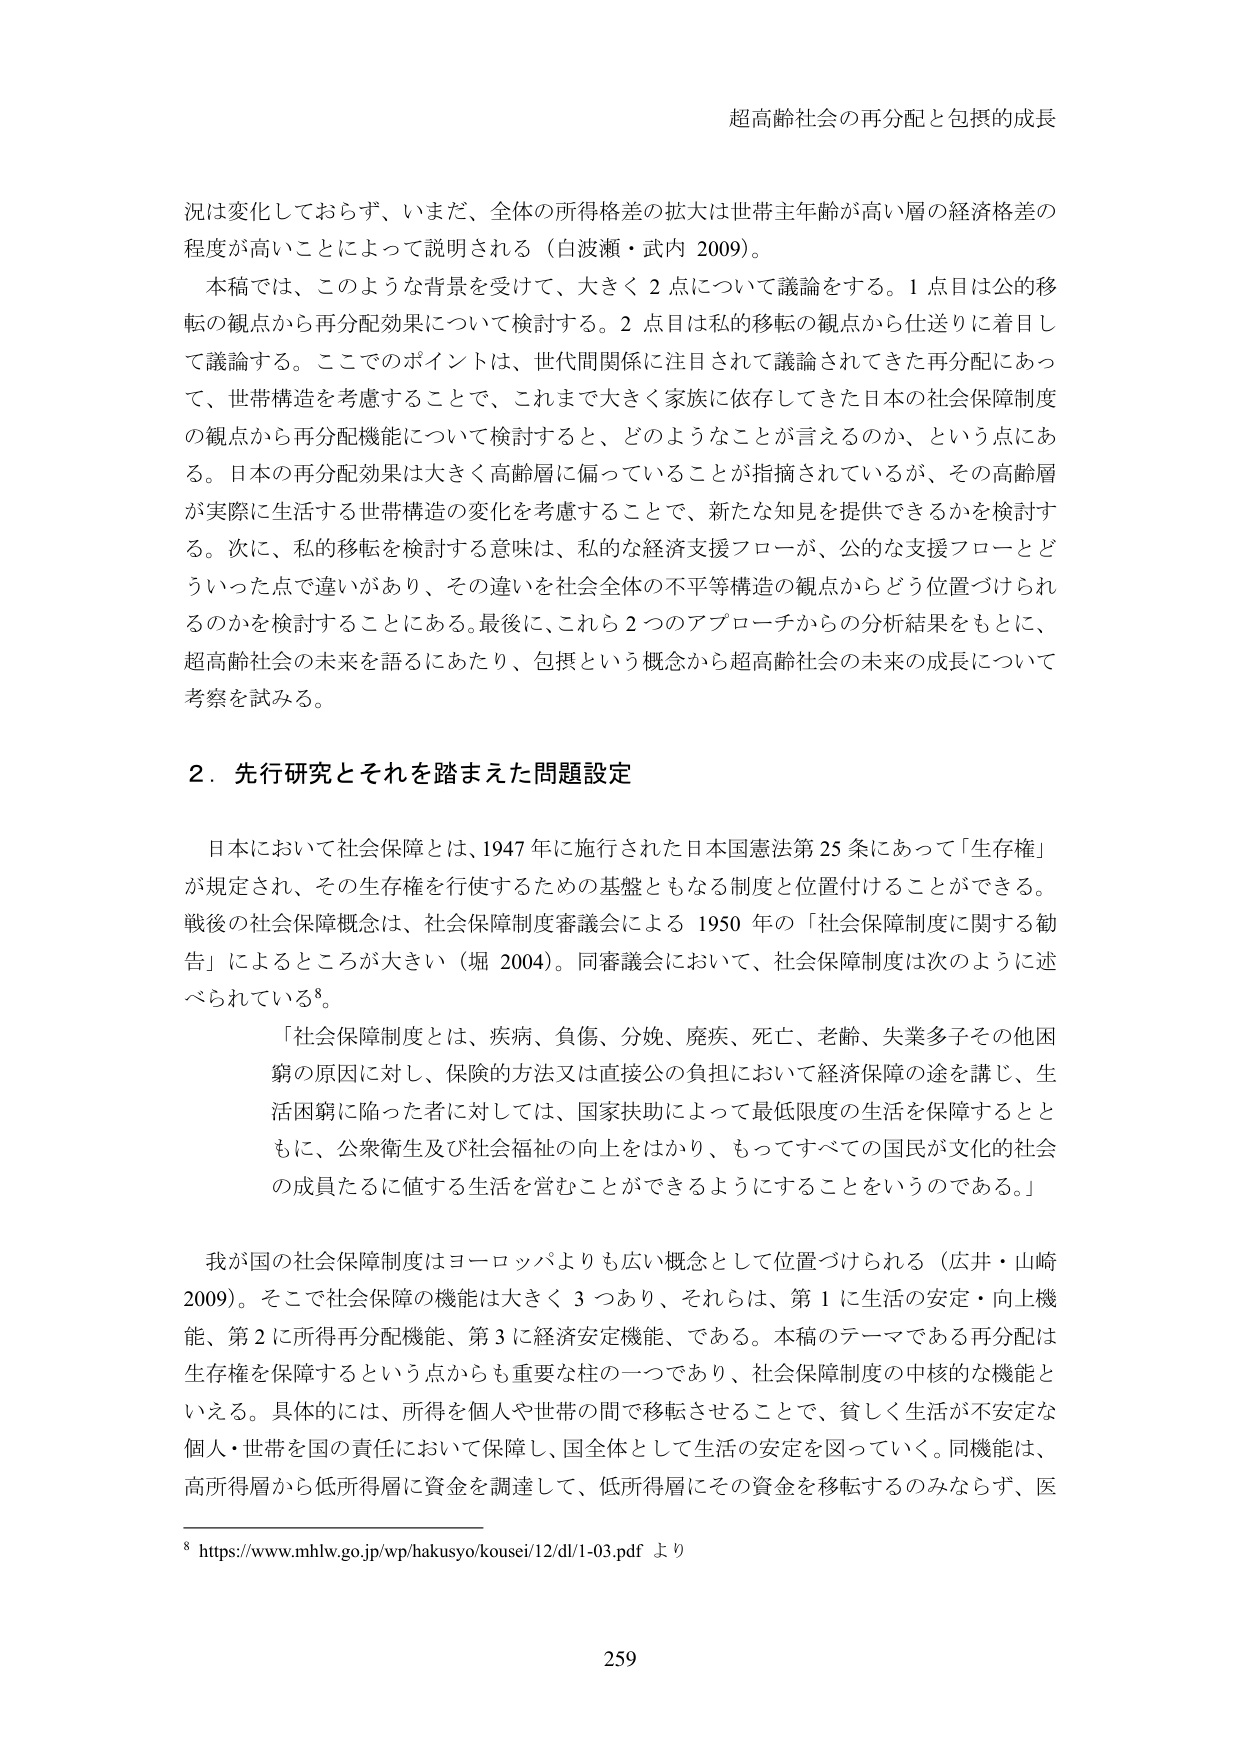
超高齢社会の再分配と包摂的成長

況は変化しておらず、いまだ、全体の所得格差の拡大は世帯主年齢が高い層の経済格差の
程度が高いことによって説明される（白波瀬・武内 2009）。
本稿では、このような背景を受けて、大きく２点について議論をする。１点目は公的移
転の観点から再分配効果について検討する。２点目は私的移転の観点から仕送りに着目し
て議論する。ここでのポイントは、世代間関係に注目されて議論されてきた再分配にあっ
て、世帯構造を考慮することで、これまで大きく家族に依存してきた日本の社会保障制度
の観点から再分配機能について検討すると、どのようなことが言えるのか、という点にあ
る。日本の再分配効果は大きく高齢層に偏っていることが指摘されているが、その高齢層
が実際に生活する世帯構造の変化を考慮することで、新たな知見を提供できるかを検討す
る。次に、私的移転を検討する意味は、私的な経済支援フローが、公的な支援フローとど
ういった点で違いがあり、その違いを社会全体の不平等構造の観点からどう位置づけられ
るのかを検討することにある。最後に、これら２つのアプローチからの分析結果をもとに、
超高齢社会の未来を語るにあたり、包摂という概念から超高齢社会の未来の成長について
考察を試みる。

２．先行研究とそれを踏まえた問題設定

日本において社会保障とは、1947年に施行された日本国憲法第25条にあって「生存権」
が規定され、その生存権を行使するための基盤ともなる制度と位置付けることができる。
戦後の社会保障概念は、社会保障制度審議会による1950年の「社会保障制度に関する勧
告」によるところが大きい（堀 2004）。同審議会において、社会保障制度は次のように述
べられている⁸。

「社会保障制度とは、疾病、負傷、分娩、廃疾、死亡、老齢、失業多子その他困
窮の原因に対し、保険的方法又は直接公的負担において経済保障の途を講じ、生
活困窮に陥った者に対しては、国家扶助によって最低限度の生活を保障するとと
もに、公衆衛生及び社会福祉の向上をはかり、もってすべての国民が文化的社会
の成員たるに値する生活を営むことができるようになることをいうのである。」

我が国の社会保障制度はヨーロッパよりも広い概念として位置づけられる（広井・山崎
2009）。そこで社会保障の機能は大きく３つあり、それらは、第１に生活の安定・向上機
能、第２に所得再分配機能、第３に経済安定機能、である。本稿のテーマである再分配は
生存権を保障するという点からも重要な柱の一つであり、社会保障制度の中核的な機能と
いえる。具体的には、所得を個人や世帯の間で移転させることで、貧しく生活が不安定な
個人・世帯を国の責任において保障し、国全体として生活の安定を図っていく。同機能は、
高所得層から低所得層に資金を調達して、低所得層にその資金を移転するのみならず、医

⁸ https://www.mhlw.go.jp/wp/hakusyo/kousei/12/dl/1-03.pdf より

259